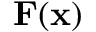
\mathbf { F } ( \mathbf { x } )